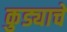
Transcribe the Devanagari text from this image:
कुड्याचे